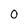
Character: 0